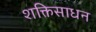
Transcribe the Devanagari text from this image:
शक्तिसाधन